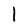
Character: l